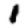
Digit: 1